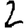
Digit: 2